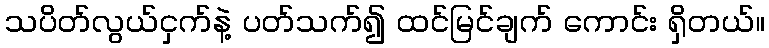
သပိတ်လွယ်ငှက်နဲ့ ပတ်သက်၍ ထင်မြင်ချက် ကောင်း ရှိတယ်။